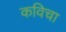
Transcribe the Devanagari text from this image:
कविचा